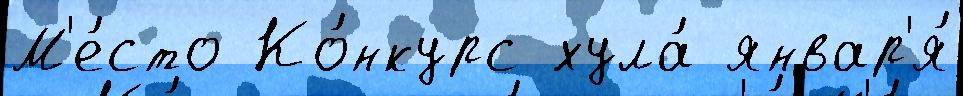
М'е́сто Ко́нкурс хула́ январ'я́